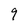
Character: 9